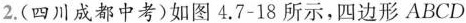
2.(四川成都中考)如图4.7-18所示，四边形ABCD